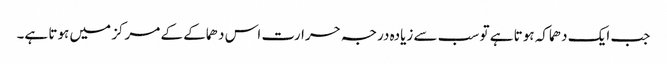
جب ایک دھماکہ ہوتا ہے تو سب سے زیادہ درجہ حرارت اس دھماکے کے مرکز میں ہوتا ہے۔